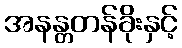
အနန္တတန်ခိုးနှင့်